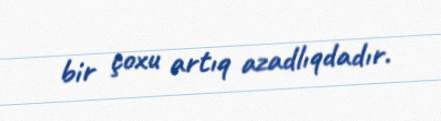
bir çoxu artıq azadlıqdadır.